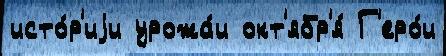
исто́р'иjи урожа́и окт'ябр'я́ Г'еро́и